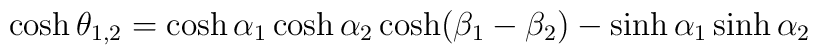
\cosh\theta_{1,2}=\cosh\alpha_{1}\cosh\alpha_{2}\cosh(\beta_{1}-\beta_{2})-\sinh\alpha_{1}\sinh\alpha_{2}